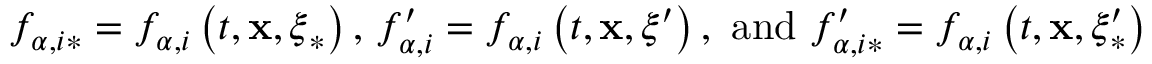
f _ { \alpha , i \ast } = f _ { \alpha , i } \left( t , \mathbf { x } , \boldsymbol { \xi } _ { \ast } \right) \mathrm { , ~ } f _ { \alpha , i } ^ { \prime } = f _ { \alpha , i } \left( t , \mathbf { x } , \boldsymbol { \xi } ^ { \prime } \right) \mathrm { , ~ a n d ~ } f _ { \alpha , i \ast } ^ { \prime } = f _ { \alpha , i } \left( t , \mathbf { x } , \boldsymbol { \xi } _ { \ast } ^ { \prime } \right)